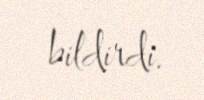
bildirdi.